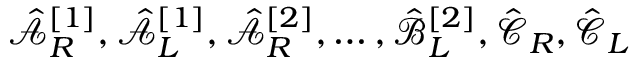
\hat { \mathcal { A } } _ { R } ^ { [ 1 ] } , \hat { \mathcal { A } } _ { L } ^ { [ 1 ] } , \hat { \mathcal { A } } _ { R } ^ { [ 2 ] } , \dots , \hat { \mathcal { B } } _ { L } ^ { [ 2 ] } , \hat { \mathcal { C } } _ { R } , \hat { \mathcal { C } } _ { L }